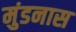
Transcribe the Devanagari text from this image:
मुंडनास